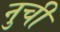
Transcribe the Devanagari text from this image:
नुचीं